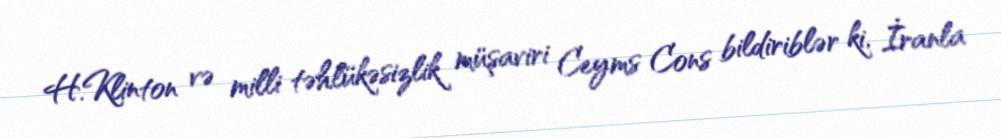
H.Klinton və milli təhlükəsizlik müşaviri Ceyms Cons bildiriblər ki, İranla